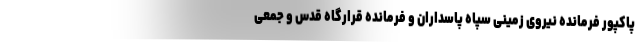
پاکپور فرمانده نیروی زمینی سپاه پاسداران و فرمانده قرارگاه قدس و جمعی